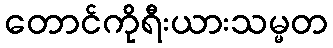
တောင်ကိုရီးယားသမ္မတ